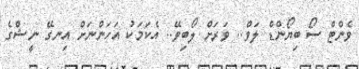
ވެންޓް ސޯ ބިޔޯންޑް ލަވް.. ވަރަށް ލޯބިވޭ.. އެކަމަކު އަހަންނަށް އިނގޭ ނީޝްގެ